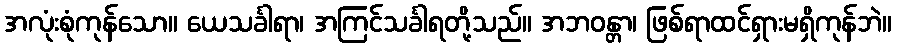
အလုံးစုံကုန်သော။ ယေသင်္ခါရာ၊ အကြင်သင်္ခါရတို့သည်။ အဘဝန္တာ၊ ဖြစ်ရာထင်ရှားမရှိကုန်ဘဲ။